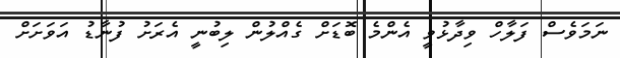
ނަމަވެސް ފަލާހް ވިދާޅުވީ އެންމެ ބޮޑަށް ގެއްލުން ލިބުނީ އެރަށު ފުނާޑު އަވަށަށް